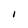
Character: I